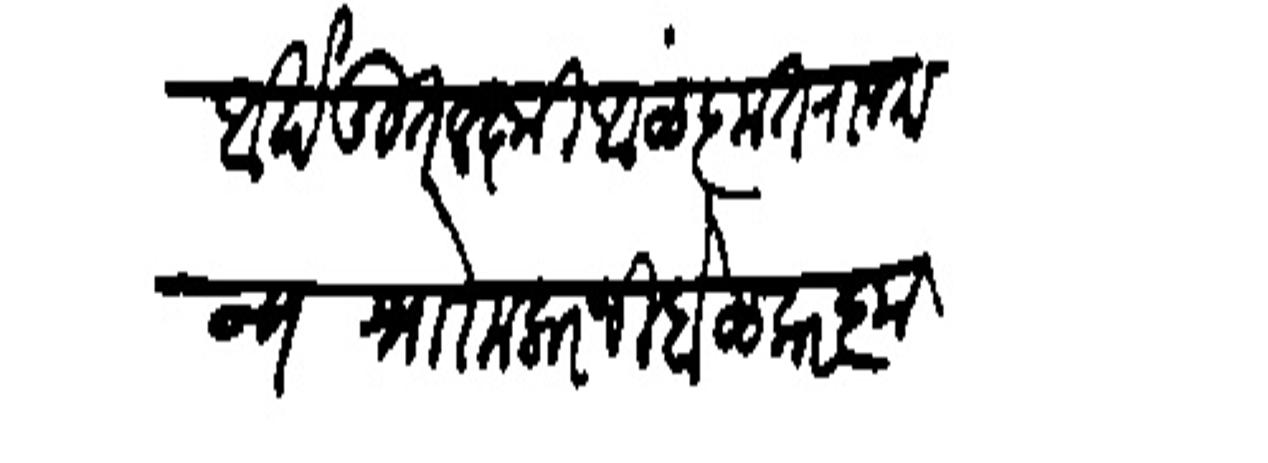
Transliteration (Devanagari): आखंडित लक्ष्मी आळंकृत राजमान्य नोर मलारजी होळकर कृतानेक